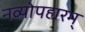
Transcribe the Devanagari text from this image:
नव्योपहारम्